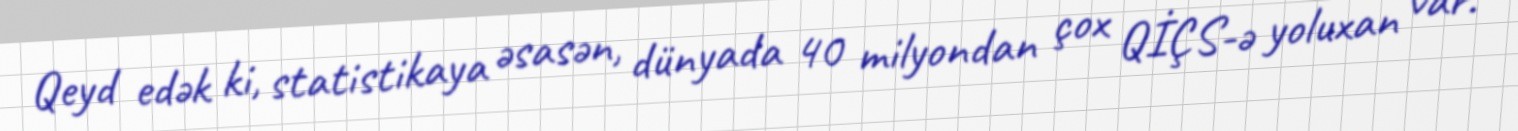
Qeyd edək ki, statistikaya əsasən, dünyada 40 milyondan çox QİÇS-ə yoluxan var.